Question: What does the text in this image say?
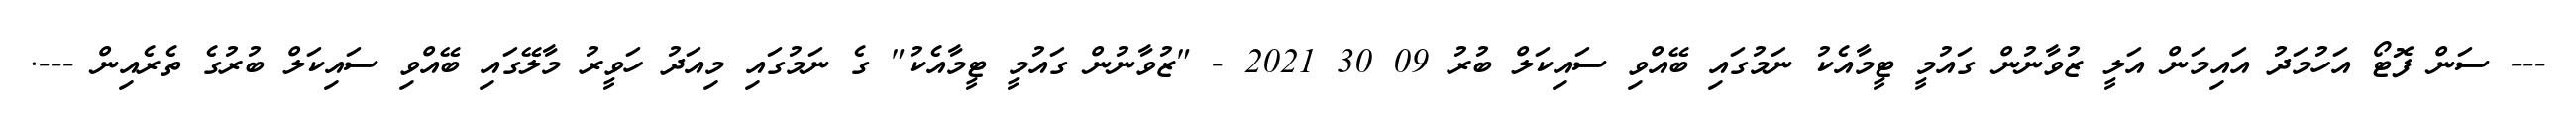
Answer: --- ސަން ފޮޓޯ އަހުމަދު އައިމަން އަލީ ޒުވާނުން ގައުމީ ޓީމާއެކު ނަމުގައި ބޭއްވި ސައިކަލް ބުރު 09 30 2021 - "ޒުވާނުން ގައުމީ ޓީމާއެކު" ގެ ނަމުގައި މިއަދު ހަވީރު މާލޭގައި ބޭއްވި ސައިކަލް ބުރުގެ ތެރެއިން ---.